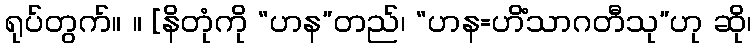
ရုပ်တွက်။ ။ [နိတုံကို “ဟန”တည်၊ “ဟန=ဟိံသာဂတီသု”ဟု ဆို၊